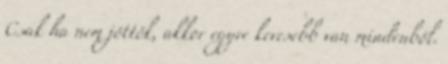
Csak ha nem jöttök, akkor egyre kevesebb van mindenből.